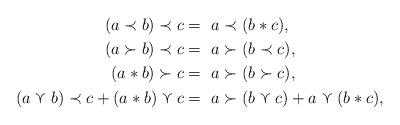
LaTeX: \begin{align*}(a \prec b) \prec c =~& a \prec (b * c), \\(a \succ b ) \prec c =~& a \succ (b \prec c), \\(a * b ) \succ c =~& a \succ ( b \succ c), \\(a \curlyvee b ) \prec c + (a * b ) \curlyvee c =~& a \succ (b \curlyvee c) + a \curlyvee (b * c), \end{align*}